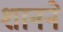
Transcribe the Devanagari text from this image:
शानने